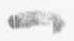
一